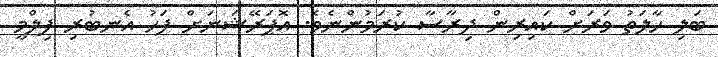
ބަލި ހާލަތު ވަރަށް ކައިރިން ދިރާސާ ކުރަމުންނެވެ. އޮޕަރޭޝަނަށް ފަހު އެނބުރި ފިލްމީ